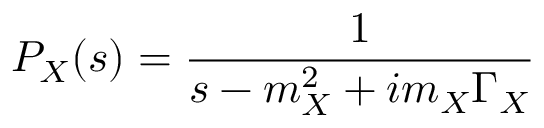
{ \cal P } _ { X } ( s ) = \frac { 1 } { s - m _ { X } ^ { 2 } + i m _ { X } \Gamma _ { X } }